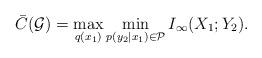
LaTeX: \begin{align*}\bar{C}(\mathcal G)&=\max_{q(x_1)}\min_{p(y_2|x_1)\in \mathcal{P}}I_\infty(X_1;Y_2). \end{align*}